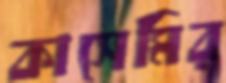
কাসেমির